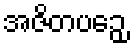
အဇိတပဉှေ